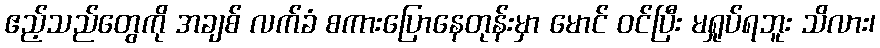
ဧည့်သည်တွေကို အချစ် လက်ခံ စကားပြောနေတုန်းမှာ မောင် ဝင်ပြီး မရှုပ်ရဘူး သိလား၊